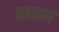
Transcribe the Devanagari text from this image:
बराला